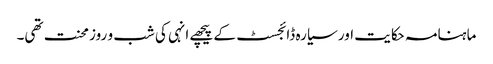
ماہنامہ حکایت اور سیارہ ڈائجسٹ کے پیچھے انہی کی شب و روز محنت تھی۔